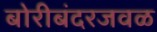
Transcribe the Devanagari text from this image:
बोरीबंदरजवळ